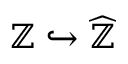
\mathbb { Z } \hookrightarrow { \widehat { \mathbb { Z } } }